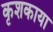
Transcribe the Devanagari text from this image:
कृशकाया